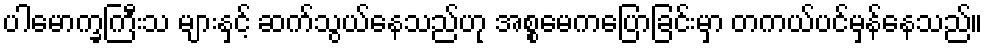
ပါမောက္ခကြီးသ များနှင့် ဆက်သွယ်နေသည်ဟု အစ္စမေကပြောခြင်းမှာ တကယ်ပင်မှန်နေသည်။